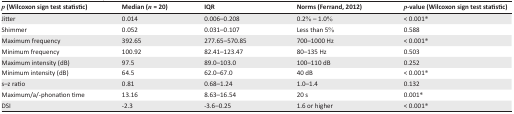
<table><thead><tr><td><b><i>p</i> (Wilcoxon sign test statistic)</b></td><td><b>Median (<i>n</i> = 20)</b></td><td><b>IQR</b></td><td><b>Norms (Ferrand, 2012)</b></td><td><b><i>p</i>-value (Wilcoxon sign test statistic)</b></td></tr></thead><tbody><tr><td>Jitter</td><td>0.014</td><td>0.006–0.208</td><td>0.2% – 1.0%</td><td>&lt; 0.001*</td></tr><tr><td>Shimmer</td><td>0.052</td><td>0.031–0.107</td><td>Less than 5%</td><td>0.588</td></tr><tr><td>Maximum frequency</td><td>392.65</td><td>277.65–570.85</td><td>700–1000 Hz</td><td>&lt; 0.001*</td></tr><tr><td>Minimum frequency</td><td>100.92</td><td>82.41–123.47</td><td>80–135 Hz</td><td>0.503</td></tr><tr><td>Maximum intensity (dB)</td><td>97.5</td><td>89.0–103.0</td><td>100–110 dB</td><td>0.252</td></tr><tr><td>Minimum intensity (dB)</td><td>64.5</td><td>62.0–67.0</td><td>40 dB</td><td>&lt; 0.001*</td></tr><tr><td>s–z ratio</td><td>0.81</td><td>0.68–1.24</td><td>1.0–1.4</td><td>0.132</td></tr><tr><td>Maximum/a/-phonation time</td><td>13.16</td><td>8.63–16.54</td><td>20 s</td><td>0.001*</td></tr><tr><td>DSI</td><td>−2.3</td><td>−3.6–0.25</td><td>1.6 or higher</td><td>&lt; 0.001*</td></tr></tbody></table>